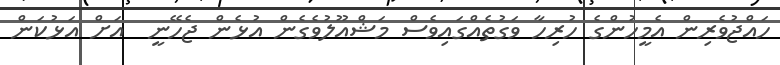
ހައްޖުވެރިން އެމީހުންގެ ހުރިހާ ވަގުތެއްގައިވެސް މަޝްއޫލުވެގެން އުޅެން ޖެހޭނީ  އަށް އަޅުކަން